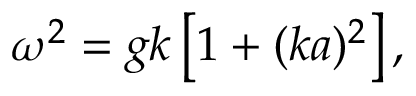
\omega ^ { 2 } = g k \left[ 1 + ( k a ) ^ { 2 } \right] ,